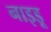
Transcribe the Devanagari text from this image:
नाइडू